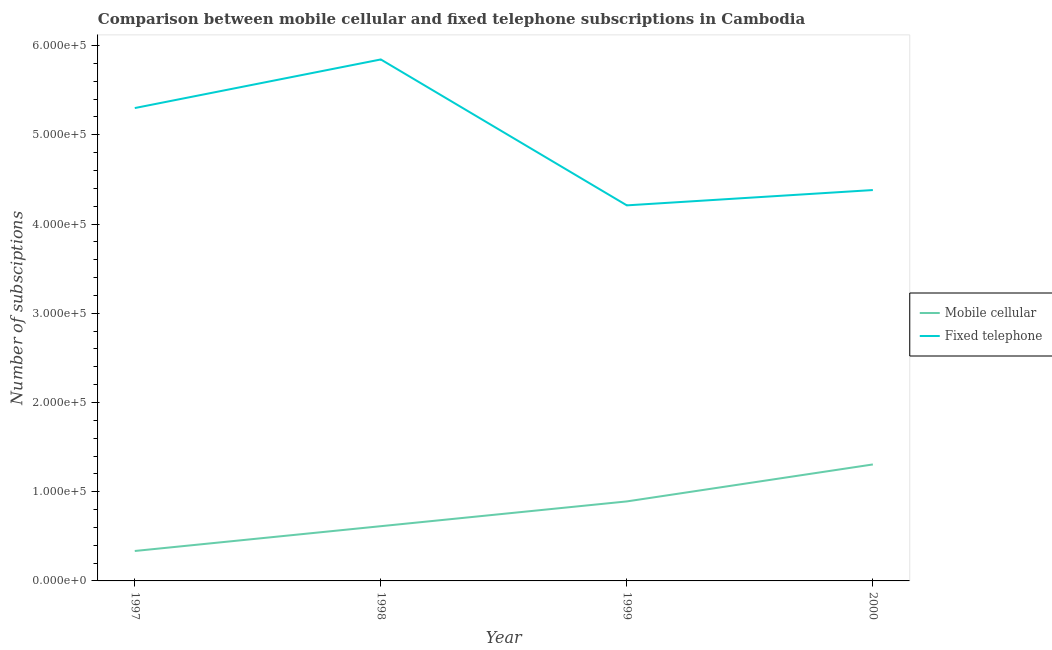
| Year | Mobile cellular | Fixed telephone |
 | --- | --- | --- |
 | 1997 | 3.36e+04 | 5.3e+05 |
 | 1998 | 6.13e+04 | 5.84e+05 |
 | 1999 | 8.91e+04 | 4.21e+05 |
 | 2000 | 1.31e+05 | 4.38e+05 |